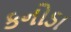
કનોડા